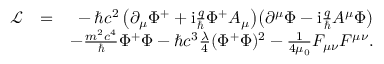
\begin{array} { r l r } { \mathcal { L } } & { = } & { - \, \hbar c ^ { 2 } \left( \partial _ { \mu } \Phi ^ { + } + \mathrm { i } \frac { q } { \hbar } \Phi ^ { + } A _ { \mu } \right) \! \left( \partial ^ { \mu } \Phi - \mathrm { i } \frac { q } { \hbar } A ^ { \mu } \Phi \right) } \\ & { } & { - \frac { m ^ { 2 } c ^ { 4 } } { \hbar } \Phi ^ { + } \Phi - \hbar c ^ { 3 } \frac { \lambda } { 4 } ( \Phi ^ { + } \Phi ) ^ { 2 } - \frac { 1 } { 4 \mu _ { 0 } } F _ { \mu \nu } F ^ { \mu \nu } . } \end{array}